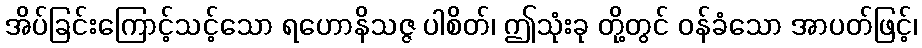
အိပ်ခြင်းကြောင့်သင့်သော ရဟောနိသဇ္ဇ ပါစိတ်၊ ဤသုံးခု တို့တွင် ဝန်ခံသော အာပတ်ဖြင့်၊